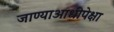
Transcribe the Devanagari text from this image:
जाण्याआधीपेक्षा